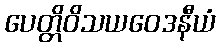
ပေတ္တိဝိသယဝေဒနီယံ